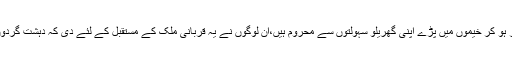
بنوں میں سات لاکھ سے زیادہ افراد ہیں، جو شمالی وزیرستان سے نقل مکانی کر کے آئے اور بے گھر ہو کر خیموں میں پڑے اپنی گھریلو سہولتوں سے محروم ہیں،ان لوگوں نے یہ قربانی ملک کے مستقبل کے لئے دی کہ دہشت گردوں نے دین کے نام پر تباہی کا جو سلسلہ شروع کر رکھا تھا اس کے مراکز شمالی وزیرستان میں تھے۔